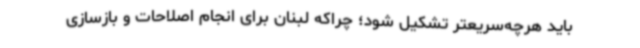
باید هرچه‌سریعتر تشکیل شود؛ چراکه لبنان برای انجام اصلاحات و بازسازی